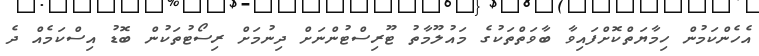
އެހެންކަމުން ހިމާޔަތްކޮށްފައިވާ ބާވަތްތަކުގެ މައުލޫމާތު ޓޫރިސްޓުންނަށް ދިނުމަށް ރިސޯޓުތަކުން ބޮޑު އިސްކަމެއް ދެ